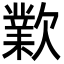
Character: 㱉